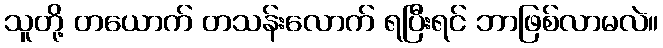
သူတို့ တယောက် တသန်းလောက် ရပြီးရင် ဘာဖြစ်လာမလဲ။